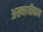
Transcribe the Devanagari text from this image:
अख्यायीकाच